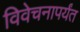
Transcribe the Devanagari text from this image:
विवेचनापर्यंत